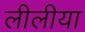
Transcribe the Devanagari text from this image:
लीलीया